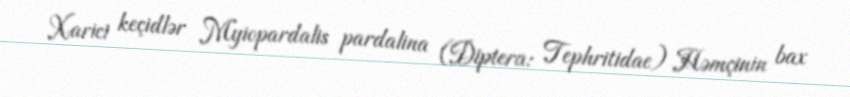
Xarici keçidlər Myiopardalis pardalina (Diptera: Tephritidae) Həmçinin bax